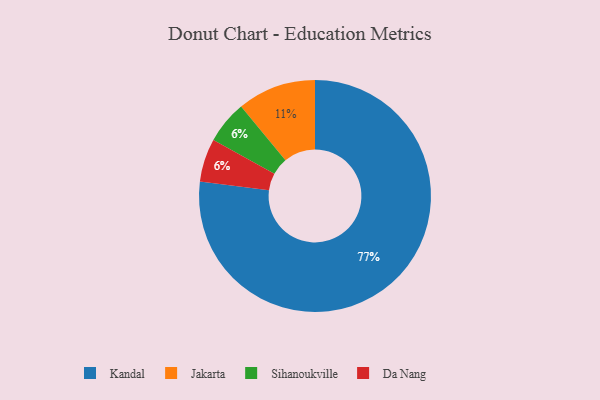
{"axis": {"x": "Category", "y": "Percentage"}, "legend": ["Da Nang", "Jakarta", "Kandal", "Sihanoukville"], "data": [{"x": "Kandal", "y": 77, "type": "Kandal"}, {"x": "Sihanoukville", "y": 6, "type": "Sihanoukville"}, {"x": "Da Nang", "y": 6, "type": "Da Nang"}, {"x": "Jakarta", "y": 11, "type": "Jakarta"}]}